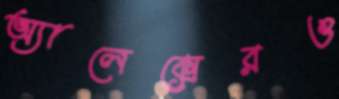
অ্যালেক্সেরও